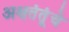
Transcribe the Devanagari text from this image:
अक्षतंतूंचे